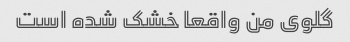
گلوی من واقعا خشک شده است